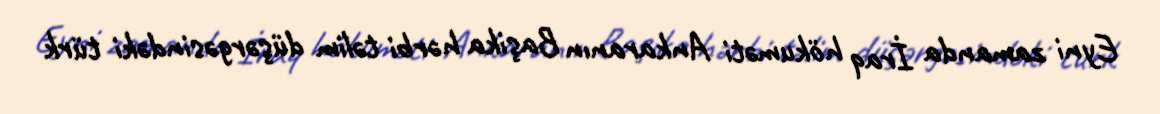
Eyni zamanda İraq hökuməti Ankaranın Başika hərbi təlim düşərgəsindəki türk